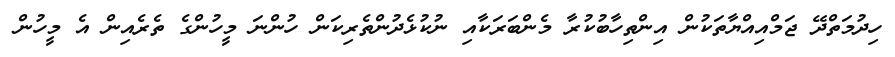
ހިދުމަތްދޭ ޖަމްއިއްޔާތަކުން އިންތިހާބުކުރާ މެންބަރަކާއި ނުކުޅެދުންތެރިކަން ހުންނަ މީހުންގެ ތެރެއިން އެ މީހުން